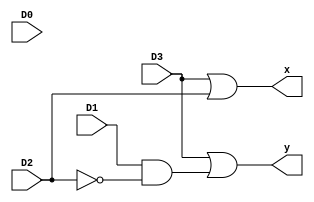
`timescale 1ns / 1ps



module encoder_4to2(D0, D1, D2, D3, x, y);

input D0, D1, D2, D3;

output x, y;

wire x, y;

assign x = D3 | D2;

assign y = D3 | (D1 & (~D2));

endmodule